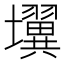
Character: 𰋄